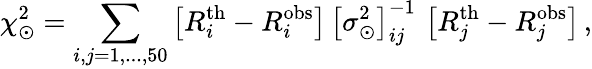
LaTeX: \chi_{\odot}^{2}=\sum_{i,j=1,...,50}\left[R_{i}^{\mathrm{th}}-R_{i}^{\mathrm{obs}}\right]\, \left[\sigma_{\odot}^{2}\right]_{ij}^{-1}\, \left[R_{j}^{\mathrm{th}}-R_{j}^{\mathrm{obs}}\right]\, ,